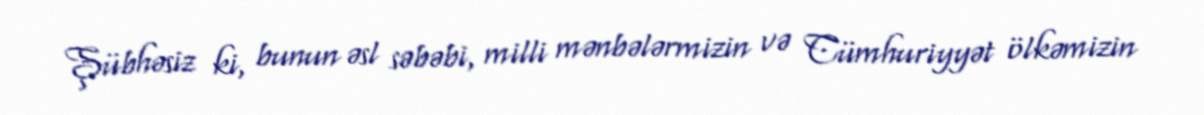
Şübhəsiz ki, bunun əsl səbəbi, milli mənbələrmizin və Cümhuriyyət ölkəmizin